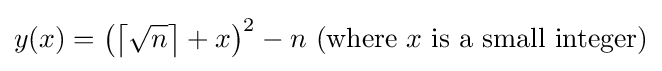
y(x)=\left(\left\lceil {\sqrt {n}}\right\rceil +x\right)^{2}-n{\hbox{ (where }}x{\hbox{ is a small integer)}}